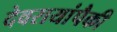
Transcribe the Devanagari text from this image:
देवरायांपैकी